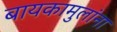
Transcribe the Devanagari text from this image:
बायकामुलांना